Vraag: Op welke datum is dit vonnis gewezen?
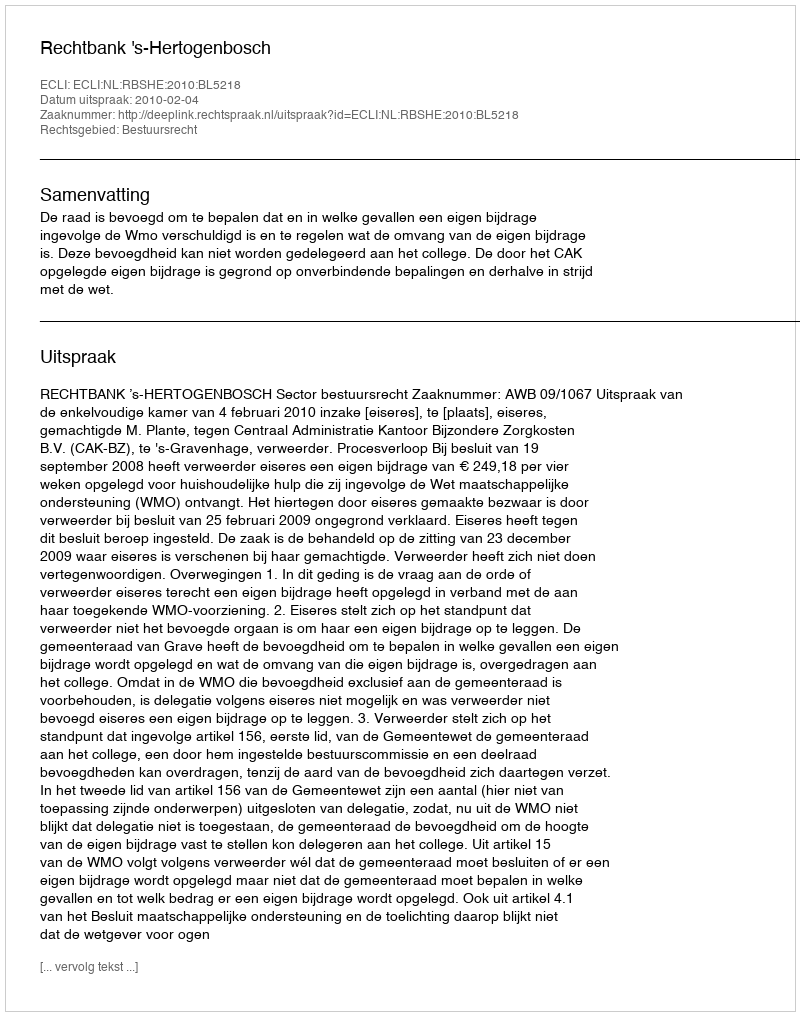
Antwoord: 2010-02-04